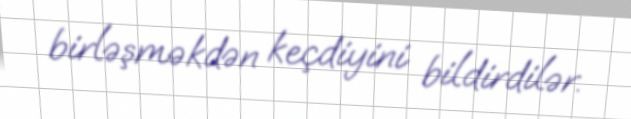
birləşməkdən keçdiyini bildirdilər.